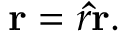
\mathbf { r } = r \mathbf { \hat { r } } .